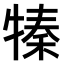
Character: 𤚩